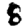
Digit: 8